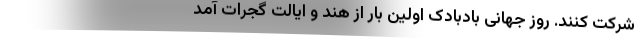
شرکت کنند. روز جهانی بادبادک اولین بار از هند و ایالت گُجَرات آمد